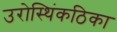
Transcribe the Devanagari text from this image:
उरोस्थिंकठिका